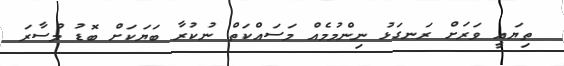
ތިޔައީ ވަރަށް ރަނގަޅު ނިންމުމެއް މަސައްކަތް ނުކުރާ ބަޔަކަށް ބޮޑު މުސާރަ